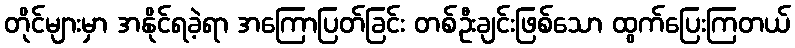
တိုင်များမှာ အနိုင်ရခဲ့ရာ အကြောပြတ်ခြင်း တစ်ဦးချင်းဖြစ်သော ထွက်ပြေးကြတယ်